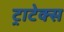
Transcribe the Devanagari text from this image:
ट्राटेक्स